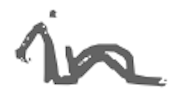
Text: in
Cross-out: wave
Writing tool: digital_gray